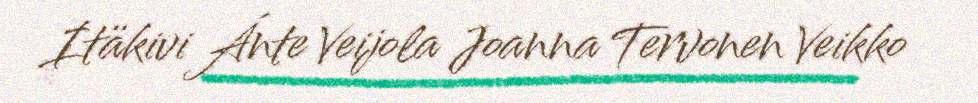
Itäkivi Ánte Veijola Joanna Tervonen Veikko